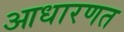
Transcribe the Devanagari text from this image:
आधारणत